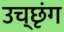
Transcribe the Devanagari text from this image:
उच्छृंग